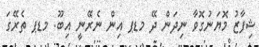
ޝިފާޒު މޮޔަނުގޮވާ ނިދަން ދޭ މޑޕ އިން ނެރޭނީ އިބޫ. މޑޕ ތެރޭގަ